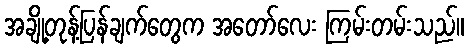
အချို့တုန့်ပြန်ချက်တွေက အတော်လေး ကြမ်းတမ်းသည်။